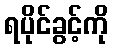
ရပိုင်ခွင့်ကို